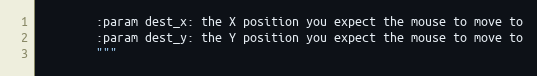
Language: Python
        :param dest_x: the X position you expect the mouse to move to
        :param dest_y: the Y position you expect the mouse to move to
        """